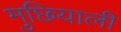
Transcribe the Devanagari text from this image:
मुछियाली